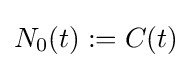
N_{0}(t):=C(t)